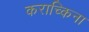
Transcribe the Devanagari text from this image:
कराच्किना